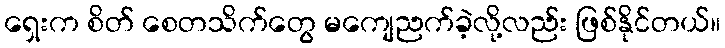
ရှေးက စိတ် စေတသိက်တွေ မကျေညက်ခဲ့လို့လည်း ဖြစ်နိုင်တယ်။